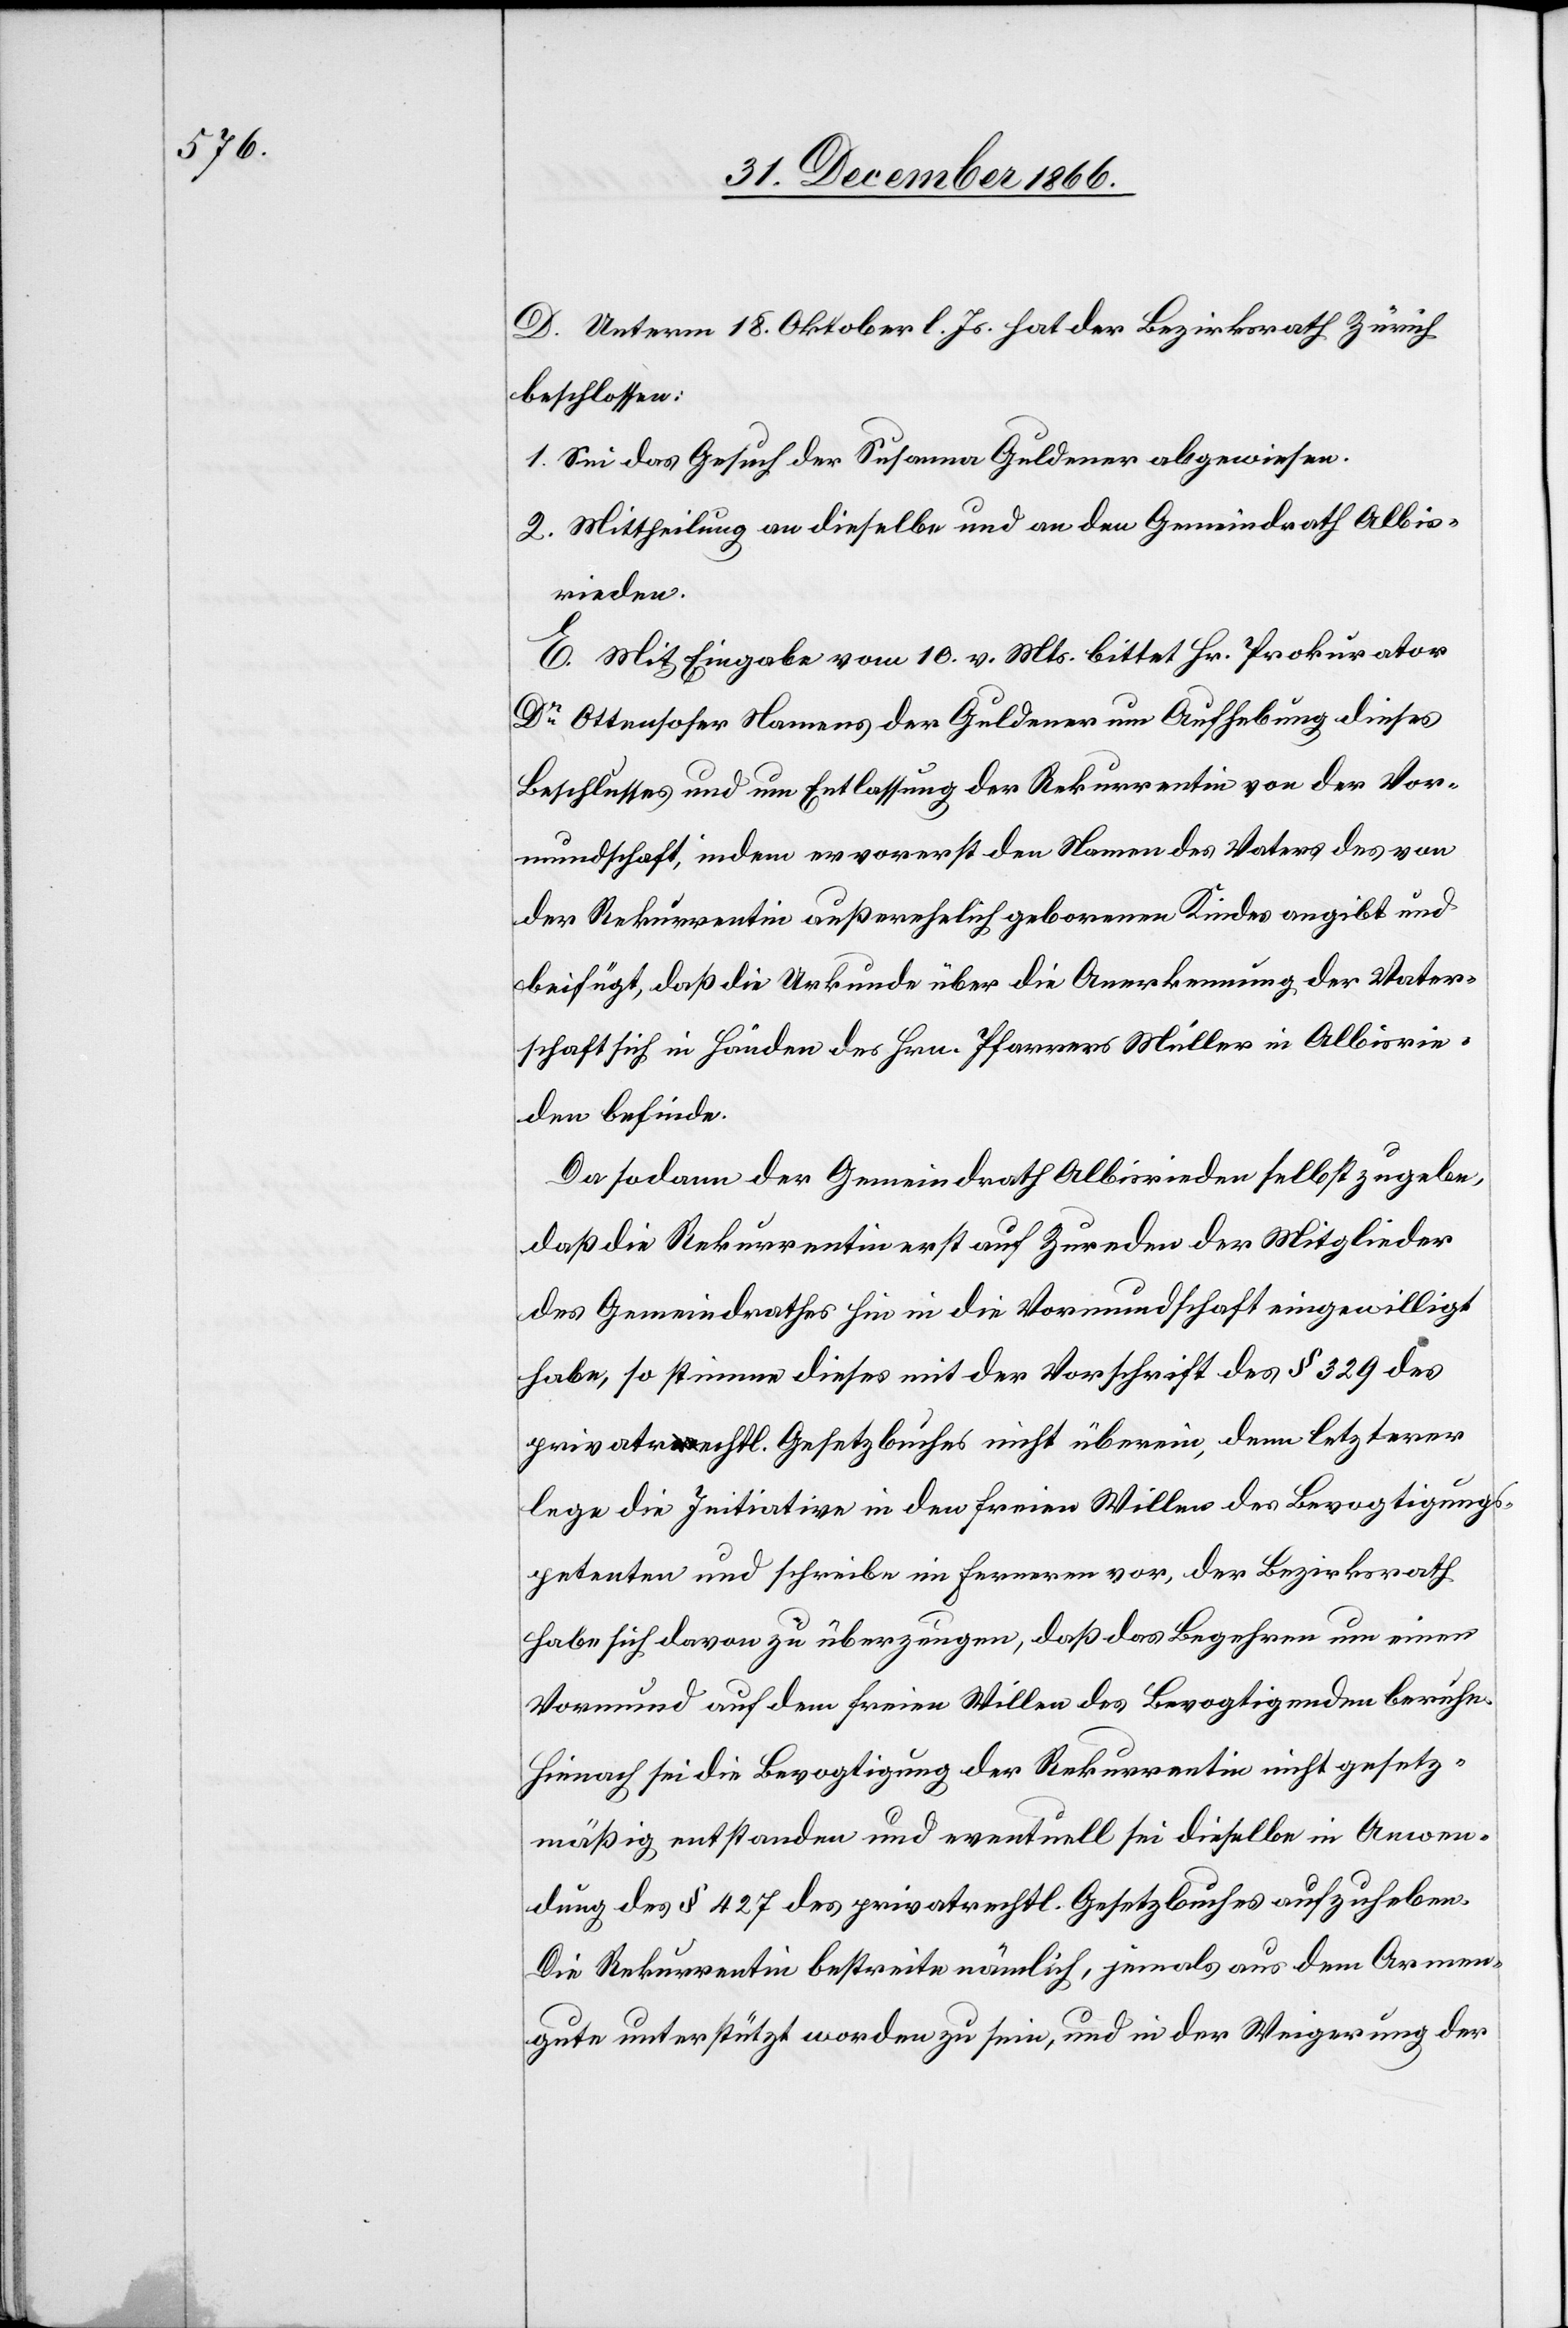
D. Unterm 18. Oktober l. Js. hat der Bezirksrath Zürich
beschlossen:
1. Sei das Gesuch der Susanna Guldener abgewiesen.
2. Mittheilung an dieselbe und an den Gemeindrath Albis¬
rieden.
E. Mit Eingabe vom 10. v. Mts. bittet Hr. Prokurator
Dr. Ottensoser Namens der Guldener um Aufhebung dieses
Beschlusses und um Entlassung der Rekurrentin von der Vor¬
mundschaft, indem er vorerst den Namen des Vaters des von
der Rekurrentin außerehelich geborenen Kindes angibt und
beifügt, daß die Urkunde über die Anerkennung der Vater¬
schaft sich in Händen des Hrn. Pfarrers Müller in Albisrie¬
den befinde.
Da sodann der Gemeindrath Albisrieden selbst zugebe,
daß die Rekurrentin erst auf Zureden der Mitglieder
des Gemeindrathes hin in die Vormundschaft eingewilligt
habe, so stimme dieses mit der Vorschrift des § 329 des
privatrechtl. Gesetzbuches nicht überein, denn letzterer
lege die Initiative in den freien Willen des Bevogtigungs¬
petenten und schreibe im Ferneren vor, der Bezirksrath
habe sich davon zu überzeugen, daß das Begehren um einen
Vormund auf dem freien Willen des [zu] Bevogtigenden beruhe.
Hienach sei die Bevogtigung der Rekurrentin nicht gesetz¬
mäßig entstanden und eventuell sei dieselbe in Anwen¬
dung des § 427 des privatrechtl. Gesetzbuches aufzuheben.
Die Rekurrentin bestreite nämlich, jemals aus dem Armen¬
gute unterstützt worden zu sein, und in der Weigerung der